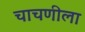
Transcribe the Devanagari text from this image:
चाचणीला